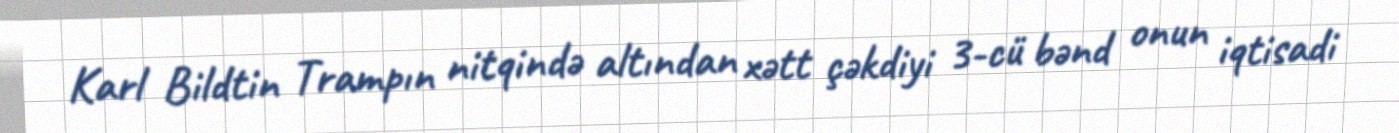
Karl Bildtin Trampın nitqində altından xətt çəkdiyi 3-cü bənd onun iqtisadi